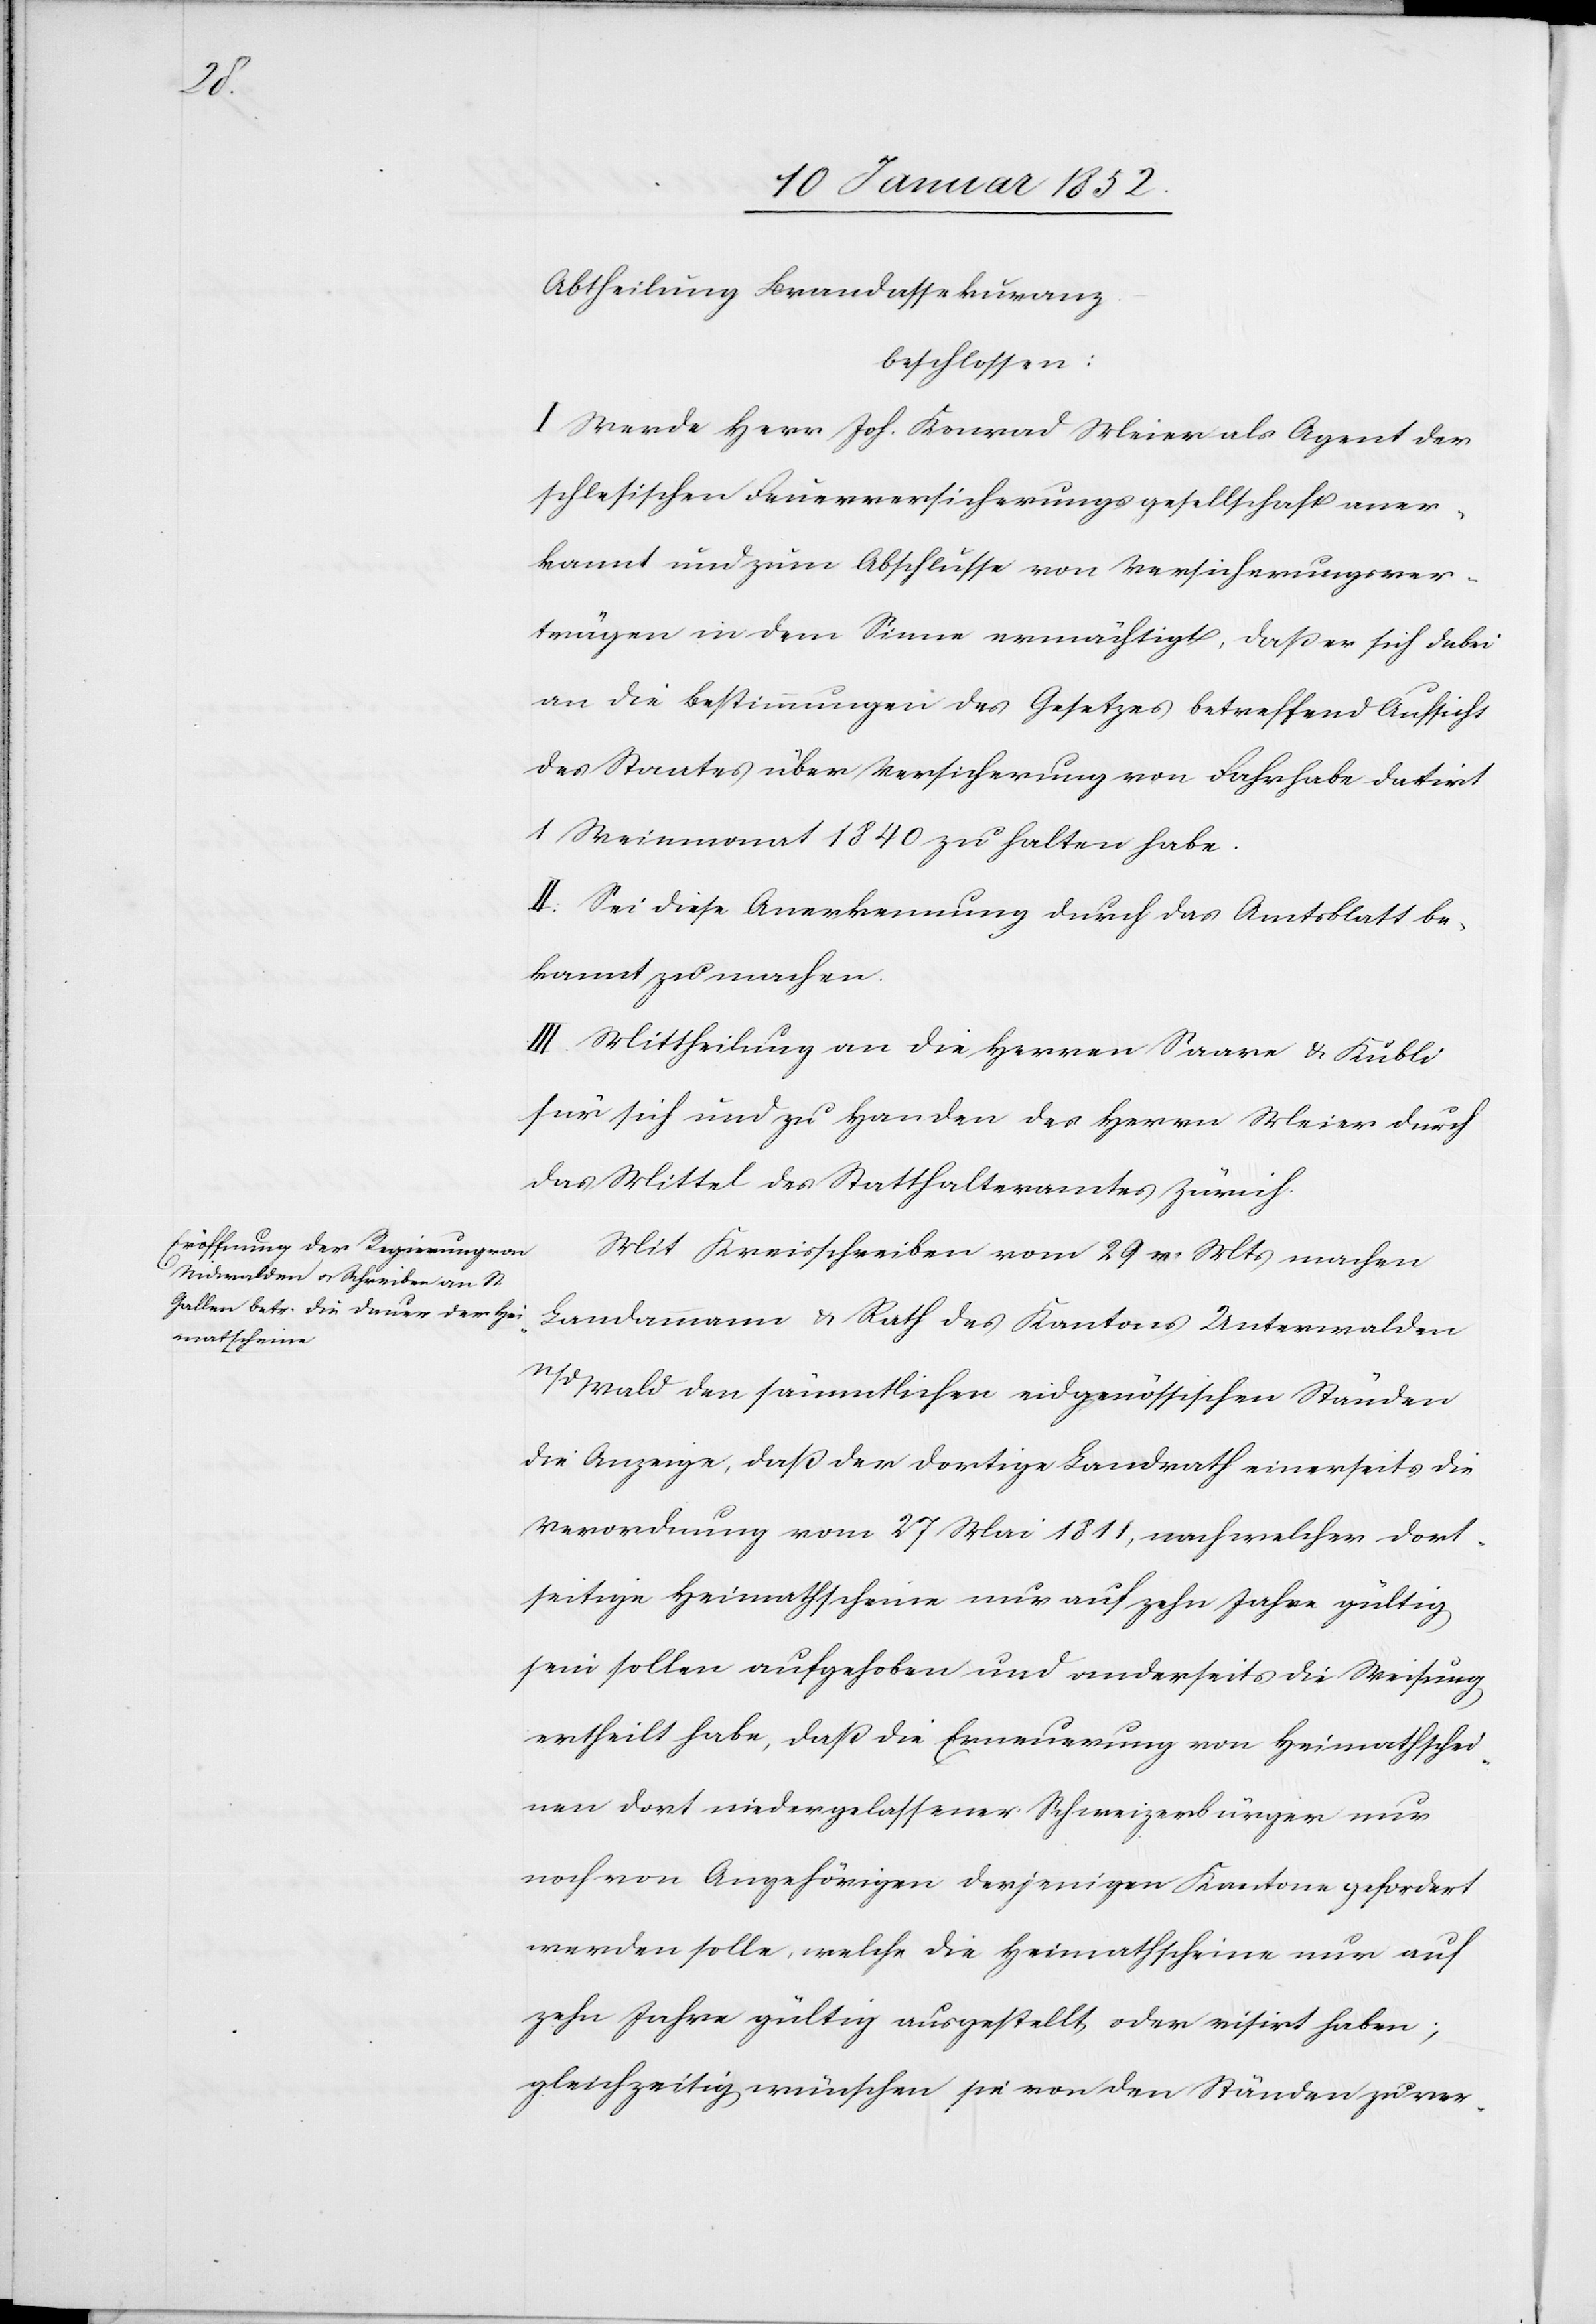
Abtheilung Brandassekuranz
beschlossen:
I Werde Herr Joh. Konrad Meier als Agent der
schlesischen Feuerversicherungsgesellschaft aner¬
kannt und zum Abschlusse von Versicherungsver¬
trägen in dem Sinne ermächtigt, daß er sich dabei
an die Bestimmungen des Gesetzes betreffend Aufsicht
des Staates über Versicherung von Fahrhabe datirt
1 Weinmonat 1840 zu halten habe.
II. Sei diese Anerkennung durch das Amtsblatt be¬
kannt zu machen.
III. Mittheilung an die Herren Saare u. Kubli
für sich und zu Handen des Herrn Meier durch
das Mittel des Statthalteramtes Zürich.
Mit Kreisschreiben vom 29. v. Mts machen
Landammann u. Rath des Kantons Unterwalden
n/d den sämmtlichen eidgenössischen Ständen
die Anzeige, daß der dortige Landrath einerseits die
Verordnung vom 27 Mai 1811, nach welcher dort¬
seitige Heimathscheine nur auf zehn Jahre gültig
sein sollen aufgehoben und anderseits die Weisung
ertheilt habe, daß die Erneuerung von Heimathschei¬
nen dort niedergelassener Schweizerbürger nur
noch von Angehörigen derjenigen Kantone gefordert
werden solle, welche die Heimathscheine nur auf
zehn Jahre gültig ausgestellt oder visirt haben;
gleichzeitig wünschen sie von den Ständen zu ver-